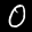
Label: 0